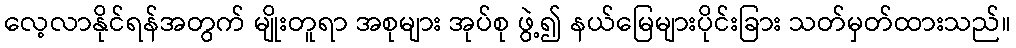
လေ့လာနိုင်ရန်အတွက် မျိုးတူရာ အစုများ အုပ်စု ဖွဲ့၍ နယ်မြေများပိုင်းခြား သတ်မှတ်ထားသည်။